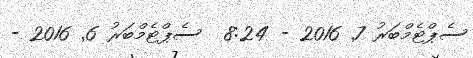
ސެޕްޓެމްބަރު 7